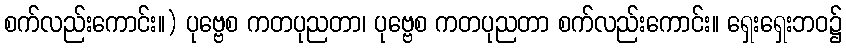
စက်လည်းကောင်း။) ပုဗ္ဗေစ ကတပုညတာ၊ ပုဗ္ဗေစ ကတပုညတာ စက်လည်းကောင်း။ ရှေးရှေးဘဝ၌